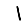
Digit: 1